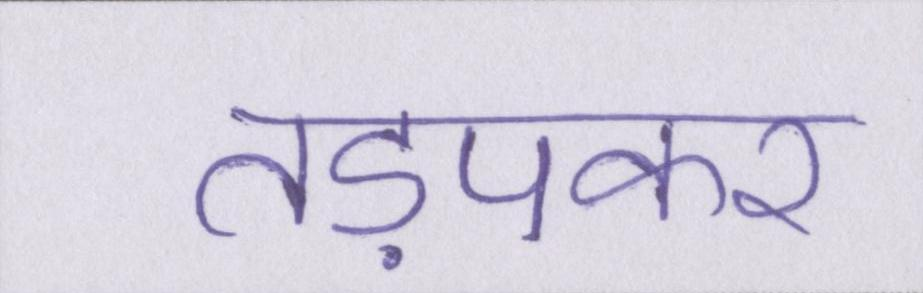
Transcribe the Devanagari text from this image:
तड़पकर